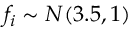
f _ { i } \sim { \cal N } ( 3 . 5 , 1 )